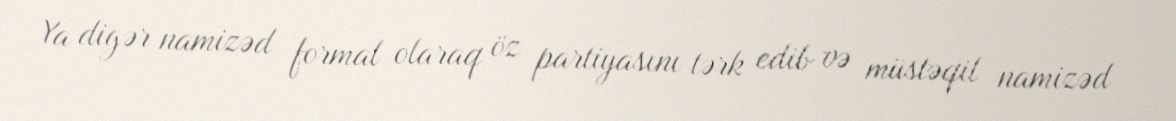
Ya digər namizəd formal olaraq öz partiyasını tərk edib və müstəqil namizəd